Lunatic asylums Burma 1907-21 - 1907-1921
Year: 1907
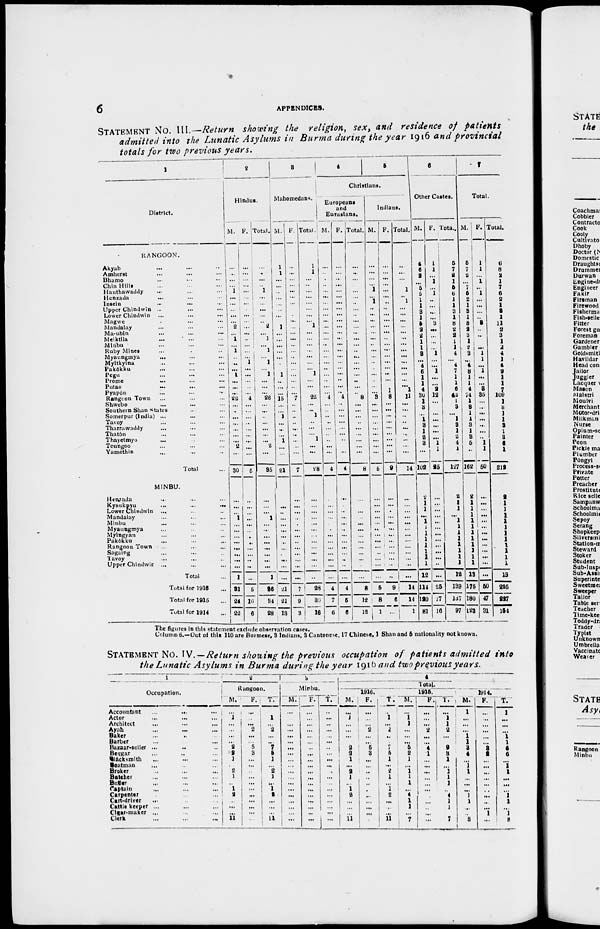
6
APPENDICES.
STATEMENT No. III.—Return showing the religion, sex, and residence of patients
admitted into the Lunatic Asylums in Burma during the year 1916 and provincial
totals for two previous years.
1
District.
RANGOON.
Akyab ... ... ...
Amherst ... ... ...
Bhamo ... ... ...
Chin Hills ... ... ...
Hanthawaddy ... ... ...
Henzada ... ... ...
Insein
...
... ...
Upper Chindwin ... ... ...
Lower Chindwin ... ... ...
Magwe ... ... ...
Mandalay ... ... ...
Ma-ubin ... ... ...
Meiktlla ... ... ...
Minbu ... ... ...
Ruby Mines ... ... ...
Myanngmya
... ... ...
Myitkyina ... ... ...
Pakdkku ... ... ...
Pegu ... ... ...
Prome ... ... ...
Putao
...
... ...
Pyapon ... ... ...
Rangoon Town ... ... ...
Shwebo ... ... ...
Southern Shan states ... ...
Somerpur (India) ... ... ...
Tavoy ... ... ...
Tharrawaddy ... ... ...
Thatón ... ... ...
Thayetmyo ... ... ...
Toungoo ... ... ...
Yamèthin ... ... ...
Total ...
MINBU.
Heazada
... ... ...
Kyaukpyu
...
...
...
Lower Chindwin ... ... ...
Mandalay ... ... ...
Minbu ... ... ...
Myanngmya ... ... ...
Mylngyan ... ... ...
Pakôkku ... ... ...
Rangoon Town ... ... ...
Sagaing ... ... ...
Tavoy
...
... ...
Upper Chindwin. ... ... ...
Total ...
Total for 1916 ...
Total for 1915 ...
Total for 1914 ...
2
Hindus.
M.
...
...
...
...
1
...
...
...
...
...
2
...
1
...
1
...
...
...
1
...
...
...
22
...
...
...
...
...
...
...
2
...
30
...
...
...
1
...
...
...
...
...
...
...
...
1
31
24
22
F.
...
...
...
... ...
...
...
...
...
...
...
...
...
...
...
...
1
...
...
...
...
...
4
...
...
...
...
...
...
...
...
...
5
...
...
...
...
...
...
...
...
...
...
...
...
...
5
10
6
Total.
...
...
...
...
1
...
...
...
...
...
2
...
3
...
1
...
1
...
1
...
...
...
26
...
...
...
...
...
...
...
2
...
35
...
...
...
1
...
...
...
...
...
...
...
...
11
36
34
28
3
Mahomedans.
M.
1
1
...
...
...
...
...
...
...
...
1
...
...
...
...
...
...
...
1
...
...
...
15
...
...
1
...
...
...
1
...
...
21
...
...
...
...
...
...
...
...
...
...
...
...
...
21
21
13
F.
...
...
...
...
...
...
...
...
...
...
...
...
...
...
...
...
...
...
...
...
...
...
7
...
...
...
...
...
...
...
...
...
7
...
...
...
...
...
...
...
...
...
...
...
...
...
7
9
3
Total.
1
1
...
...
...
...
...
...
...
...
1
...
...
...
...
...
...
...
1
...
...
...
22
...
...
1
...
...
...
1
...
...
28
...
...
...
...
...
...
...
...
...
...
...
...
..
28
30
16
4
5
Christians.
Europeans
and
Eurasians.
M.
...
...
...
...
...
...
...
...
...
...
...
...
...
...
...
...
...
...
...
...
...
...
4
...
...
...
...
...
...
...
...
...
4
...
...
...
...
...
...
...
...
...
...
...
...
...
4
7
6
F.
...
...
...
...
...
...
...
...
...
...
...
...
...
...
...
...
...
...
...
...
...
...
4
...
...
...
...
...
...
...
...
...
4
...
...
...
...
...
...
...
...
...
...
...
...
...
4
6
6
Total.
...
...
...
...
...
...
...
...
...
...
...
...
...
...
...
...
...
...
...
...
...
...
8
...
...
...
...
...
...
...
...
...
8
...
...
...
...
...
...
...
...
...
...
...
...
...
8
12
12
Indians.
M.
...
...
...
...
1
....
1
...
...
...
...
...
...
...
...
...
...
...
...
...
...
...
3
...
...
...
...
...
...
...
...
...
5
...
...
...
...
...
...
...
...
...
...
...
...
...
5
8
1
F.
...
...
...
...
...
...
...
...
...
...
...
...
...
...
...
...
...
...
...
...
...
1
8
...
...
...
...
...
...
...
...
...
9
...
...
...
...
...
...
...
...
...
...
...
...
...
9
6
...
Total.
...
...
...
...
1
...
1
...
...
...
...
...
...
...
...
...
...
...
...
...
...
1
11
...
...
...
...
...
...
...
...
...
14
...
...
...
...
...
...
...
...
...
...
...
...
...
14
14
1
6
Other Castes.
M.
4
6
2
...
5
5
1
1
3
1
5
2
2
1
1
3
...
4
6
1
1
4
30
1
3
...
1
3
1
2 3
...
102
2
1
1
...
1
1
1
1
1
1
1
1
12
114
120
81
F.
1
1
...
1
...
1
...
...
...
...
3
...
...
...
...
1
...
...
1
...
...
2
12
...
...
...
...
...
...
...
1
1
25
...
...
...
...
...
...
...
...
...
...
...
...
...
25
17
16
Total.
5
7
2
1
5
6
1
1
3
1
8
2
2
1
1
4
...
4
7
1
1
6
42
1
3
...
1
3
1
2
4
1
127
2
1
1
...
1
1
1
1
1
1
1
1
12
139
137
97
7
Total.
M.
5
7
2
...
7
5
2
1
3
1
8
2
3
1
2
3
...
4
8
1
1
4
74
1
3
1
1
3
1
3
5
...
162
2
1
1
1
1
1
1
1
1
1
1
1
13
176
180
123
F.
1
1
...
1
...
1
...
...
...
...
3
...
...
...
...
1
1
...
1
...
...
3
35
...
...
...
...
...
...
...
1
1
50
...
...
..
...
...
...
...
...
...
...
...
...
...
50
47
31
Total.
6
8
2
1
7
6
2
1
3
1
11
2
3
1
2
4
1
4
9
1
1
7
109
1
3
1
1
3
1
3
6
1
212
2
1
1
1
1
1
1
1
1
1
1
1
13
225
227
154
The figures in this statement exclude observation cases.
Column 6.—Out of this 110 are Burmese, 3 Indians, 3 Cantonese, 17 Chinese, 1 Shan and 6 nationality not known.
STATEMENT No. IV.-Return showing the previous occupation of patients admitted into
the Lunatic Asylums in Burma during the year 1916 and two previous years.
1
Occupation.
Accountant
...
... ...
Actor ... ... ...
Architect
...
...
...
Ayah ... ... ...
Baker
...
...
...
Barber
...
...
...
Bazaar-seller
...
...
...
Beggar ... ... ...
Blacksmith ... ... ...
Boatman ... ... ...
Broker ... ... ...
Butcher ... ... ...
Butler ... ... ...
Captain ... ... ...
Carpenter ... ... ...
Cart-driver ... ... ...
Cattle keeper ... ... ...
Cigar-maker ... ... ...
Clerk
...
...
...
2
Rangoon.
M.
...
1
...
...
... ... 2
2 1
... 2
1
...
1
2
...
...
...
11
F.
...
...
...
2
... ...
5
3
...
...
...
...
...
...
...
...
...
...
...
T.
...
1
...
2
... ...
7 5
1
...
2
1
...
1
2
...
...
... 11
3
Minbu.
M.
...
...
...
...
... ...
...
...
...
...
...
...
...
...
...
...
...
...
...
F.
...
...
...
...
... ...
...
...
...
... ...
...
...
...
...
...
...
...
...
T.
...
...
...
...
... ...
...
...
... ...
...
...
...
...
...
...
...
...
...
4
Total.
1916.
M.
...
1
...
...
... ...
2
2
1
...
2
1
...
1
2
... ...
... 11
F.
...
...
...
2
... ...
5
3
... ...
...
...
...
...
... ...
...
...
...
T.
...
1
...
2
... ...
7
5
1
...
2
1
...
1
2
...
...
...
11
1915.
M.
...
1
1
...
... ...
5
2
1
... 1 1
1
...
4
1
1
...
7
F.
...
...
...
2
... ...
4
1
...
...
...
...
...
...
...
...
...
...
...
T.
...
1
1
2
... ...
9
3
1
...
1
1
1
...
4
1
1
...
7
1914.
M.
1
...
...
... 1 1
3
4
...
1
1
...
...
...
1
1
...
...
8
F.
...
...
...
... ... ...
3
2
...
...
...
...
...
...
... ...
...
1
...
T.
1
...
...
...
1
1
6
6
...
1
1
...
...
...
1
1
...
1
8